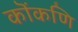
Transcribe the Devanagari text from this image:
कॊंकणि